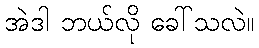
အဲဒါ ဘယ်လို ခေါ်သလဲ။